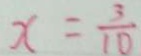
x = \frac { 3 } { 1 0 }